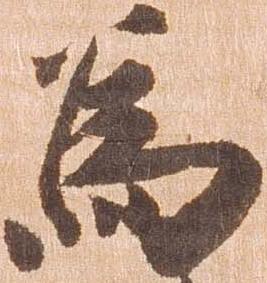
為